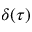
\delta ( \tau )